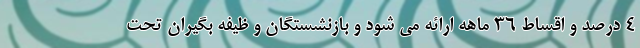
۴ درصد و اقساط ۳۶ ماهه ارائه می شود و بازنشستگان و ظیفه بگیران تحت